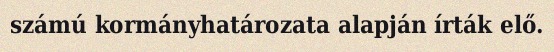
számú kormányhatározata alapján írták elő.